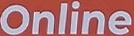
Online